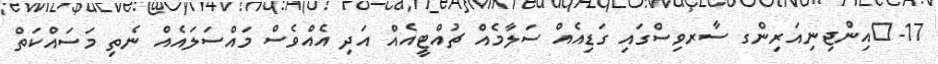
17-	އިންޖިނިއަރިންގ ސާރވިސްގައި ގަޑިއެއް ސަލާމެއް ޗުއްޓީއެއް އަދި އެއްވެސް މައްސަލައެއް ނެތި މަސައްކަތް